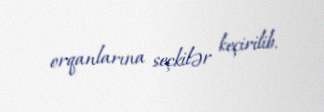
orqanlarına seçkilər keçirilib.